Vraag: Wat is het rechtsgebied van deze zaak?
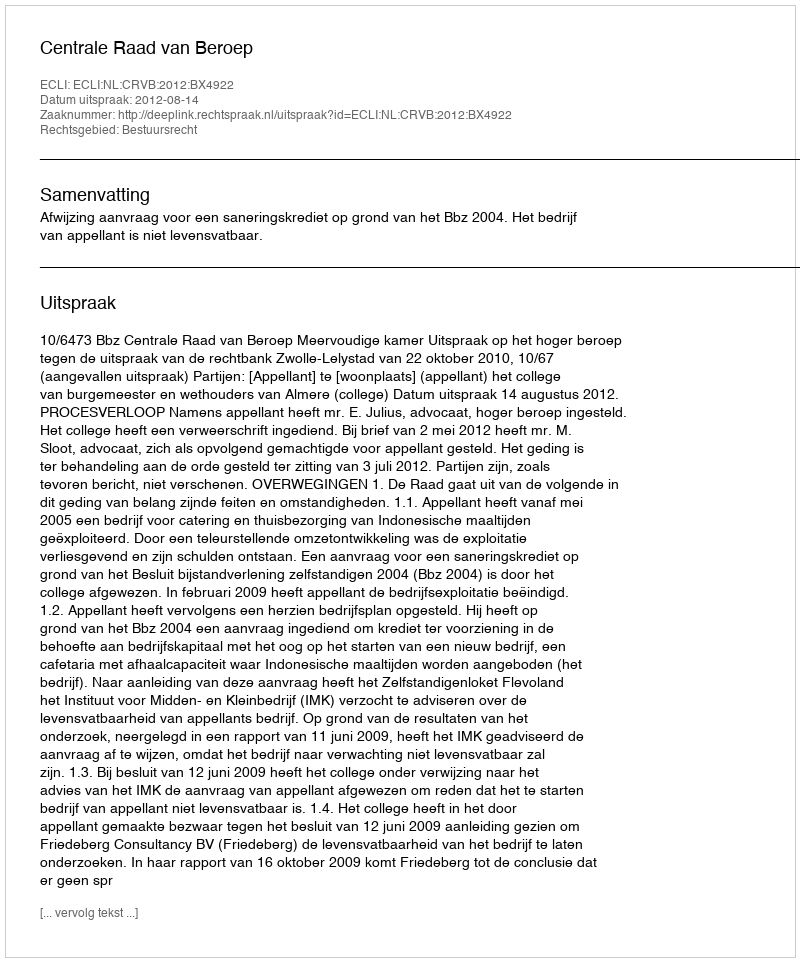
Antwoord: Bestuursrecht